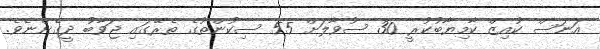
އަނަސް ކުއިޒް ކާމިޔާބުކުރީ 30 ސުވާލަށް 55 ސިކުންތުގެ ތެރޭގައި ޖަވާބު ދީގެންނެވެ.